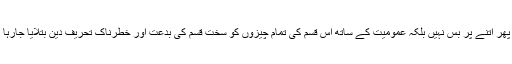
اور پھر اتنے پر بس نہیں بلکہ عمومیت کے ساتھ اس قسم کی تمام چیزوں کو سخت قسم کی بدعت اور خطرناک تحریفِ دین بتلایا جارہا ہے۔